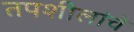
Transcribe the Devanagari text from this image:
तपशीलांचे